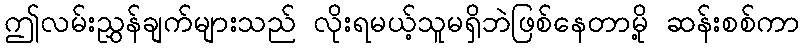
ဤလမ်းညွှန်ချက်များသည် လိုးရမယ့်သူမရှိဘဲဖြစ်နေတာမို့ ဆန်းစစ်ကာ